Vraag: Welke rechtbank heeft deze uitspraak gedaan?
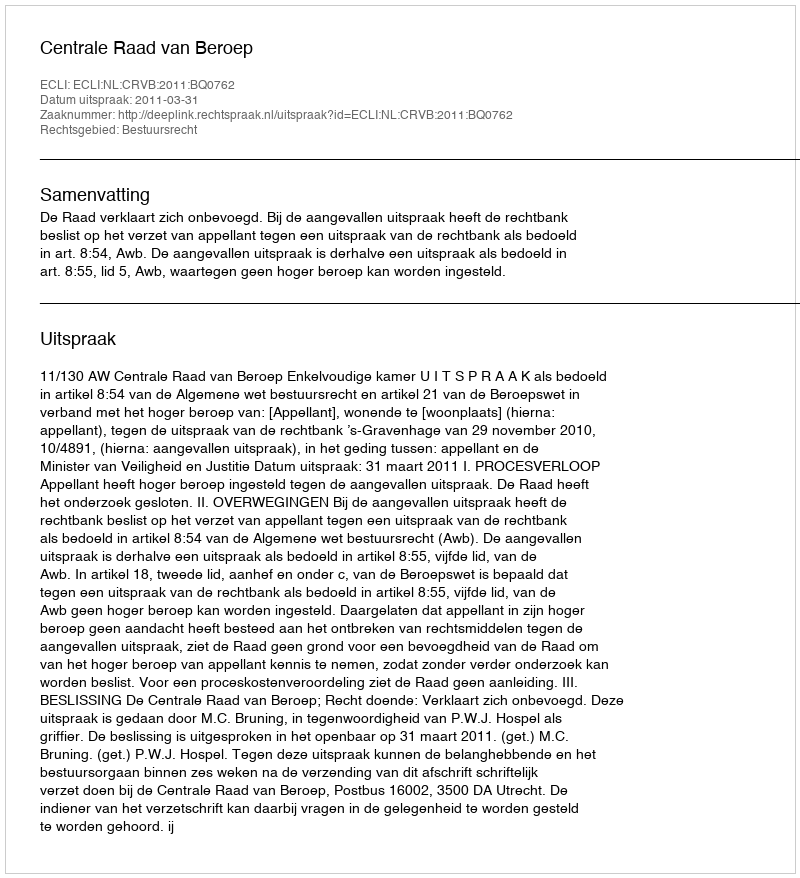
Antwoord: Centrale Raad van Beroep